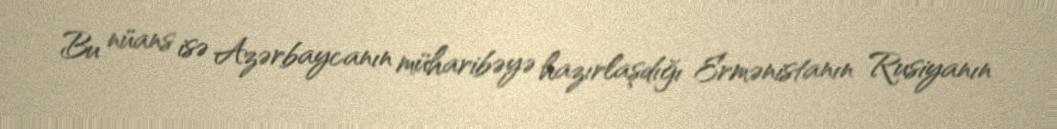
Bu nüans isə Azərbaycanın müharibəyə hazırlaşdığı Ermənistanın Rusiyanın